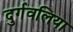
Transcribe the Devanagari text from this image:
दुर्गवलिया